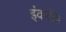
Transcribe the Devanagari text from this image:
इंकलेव